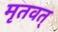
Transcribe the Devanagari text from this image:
मृतवत्